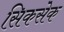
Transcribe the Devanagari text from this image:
सिकसेक